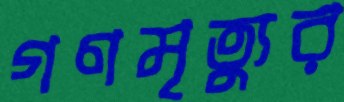
গণমৃত্যুর